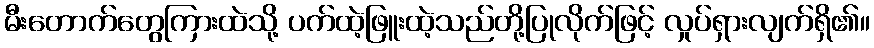
မီးတောက်တွေကြားထဲသို့ ပက်ထဲ့ဖြူးထဲ့သည်တို့ပြုလိုက်ဖြင့် လှုပ်ရှားလျက်ရှိ၏။